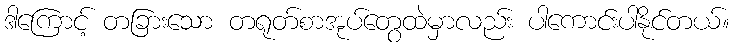
ဒါကြောင့် တခြားသော တရုတ်စာအုပ်တွေထဲမှာလည်း ပါကောင်းပါနိုင်တယ်။